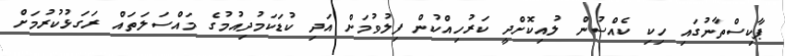
ޕާކިސްތާނުގައި ހިކި ކެއްސުން ލުއިކޮށްދީ ކަރުހިއްކުން ފިލުވުމަށް އަދި ކުޑަކަމުދިއުމުގެ މައްސަލަތައް ރަގަޅުކުރުމަށް